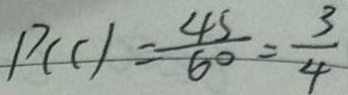
P ( C ) = \frac { 4 5 } { 6 0 } = \frac { 3 } { 4 }